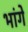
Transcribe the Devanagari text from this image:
भांगे